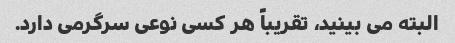
البته می بینید، تقریباً هر کسی نوعی سرگرمی دارد.